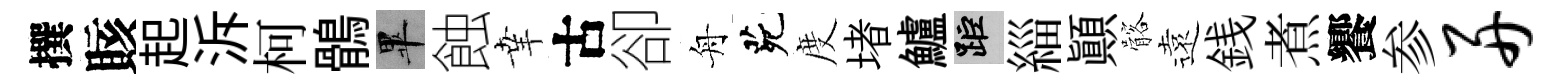
撰賅起泝柯鶻畢蝕𦍒古卻舟茕度堵鱸距緇顚髂遠銭煮饗参舟